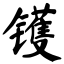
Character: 镬